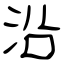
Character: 沿